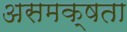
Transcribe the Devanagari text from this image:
असमक्षता